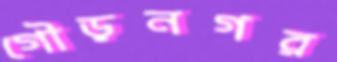
গৌড়নগর